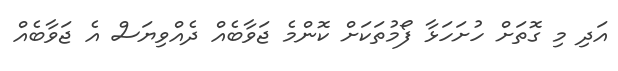
އަދި މި ގޮތަށް ހުށަހަޅާ ފޯމުތަކަށް ކޮންމެ ޖަވާބެއް ދެއްވިޔަސް އެ ޖަވާބެއް